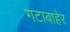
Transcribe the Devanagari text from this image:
गटाबाहेर